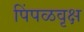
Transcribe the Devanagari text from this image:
पिंपळवृक्ष